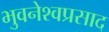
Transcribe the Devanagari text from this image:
भुवनेश्वप्रसाद